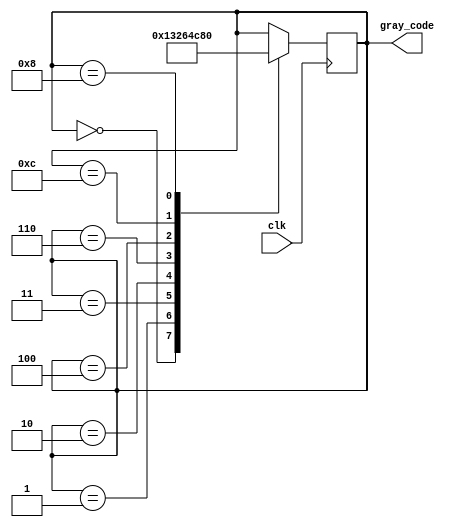
module gray_code_ring_counter (
    input wire clk,
    output reg [3:0] gray_code
);

reg [3:0] current_state;

always @(posedge clk) begin
    case (current_state)
        4'b0000: current_state <= 4'b0001;
        4'b0001: current_state <= 4'b0011;
        4'b0011: current_state <= 4'b0010;
        4'b0010: current_state <= 4'b0110;
        4'b0110: current_state <= 4'b0100;
        4'b0100: current_state <= 4'b1100;
        4'b1100: current_state <= 4'b1000;
        4'b1000: current_state <= 4'b0000;
    endcase
end

assign gray_code = current_state;

endmodule